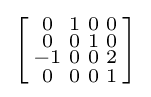
\left[{\begin{smallmatrix}0&1&0&0\\0&0&1&0\\-1&0&0&2\\0&0&0&1\\\end{smallmatrix}}\right]